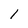
Character: l